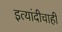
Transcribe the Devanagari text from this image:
इत्यांदीचाही